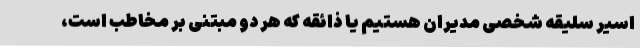
اسیر سلیقه شخصی مدیران هستیم یا ذائقه که هر دو مبتنی بر مخاطب است،